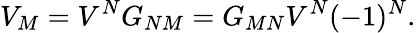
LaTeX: V_{M}=V^{N}G_{NM}=G_{MN}V^{N}(-1)^{N}.